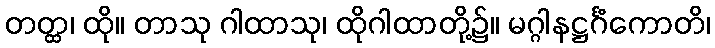
တတ္ထ၊ ထို။ တာသု ဂါထာသု၊ ထိုဂါထာတို့၌။ မဂ္ဂါနဋ္ဌင်္ဂံကောတိ၊